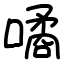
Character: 噊